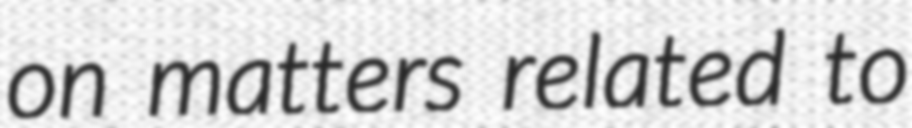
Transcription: on matters related to